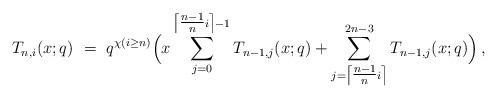
LaTeX: \begin{align*}T_{n,i}(x;q)\ =\ q^{\chi(i\ge n)}\Big( x\sum_{j=0}^{\left\lceil \tfrac{n-1}{n}i\right\rceil -1}T_{n-1,j}(x;q)+\sum_{j=\left\lceil \tfrac{n-1}{n}i\right\rceil }^{2n-3}T_{n-1,j}(x;q)\Big)\,,\end{align*}